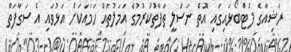
ރަޝިއާގެ ފުޓްބޯޅައިގައި އޮތް ނަސްލީ ތަފާތުކުރުމުގެ އަމަލުތައް ހަމައަކަށް އަޅުވައި އެ ސަގާފަތް